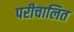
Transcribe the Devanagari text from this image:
परीचालित